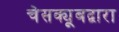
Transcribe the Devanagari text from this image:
चेसक्यूबद्वारा